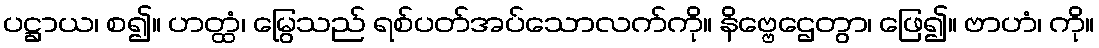
ပဋ္ဌာယ၊ စ၍။ ဟတ္ထံ၊ မြွေသည် ရစ်ပတ်အပ်သောလက်ကို။ နိဗ္ဗေဌေတွာ၊ ဖြေ၍။ ဗာဟံ၊ ကို။